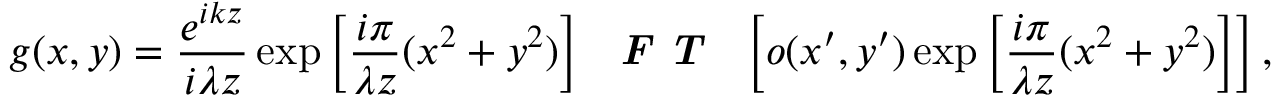
g ( x , y ) = \frac { e ^ { i k z } } { i \lambda z } \exp \left[ \frac { i \pi } { \lambda z } ( x ^ { 2 } + y ^ { 2 } ) \right] \textbf { \textit { F T } } \left[ o ( x ^ { \prime } , y ^ { \prime } ) \exp \left[ \frac { i \pi } { \lambda z } ( x ^ { 2 } + y ^ { 2 } ) \right] \right] ,